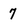
Character: 7